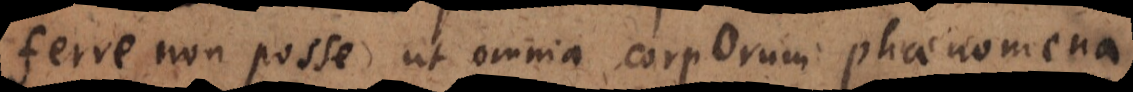
ferre non posse ut omnia corporum phaenomena